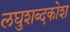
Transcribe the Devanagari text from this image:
लघुशब्दकोश